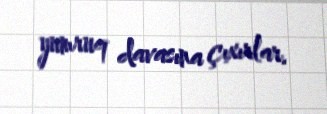
yumruq davasına çıxırlar.